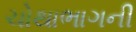
ચોથાભાગની